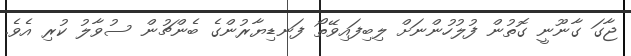
ޖާގަ ގާނޫނީ ގޮތުން ފުލުހުންނަށް ލިބިފައިވޭތޯ ފަނޑިޔާރުންގެ ބެންޗުން ސުވާލު ކުރި އެވެ.